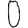
Digit: 0